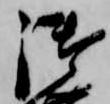
御